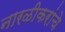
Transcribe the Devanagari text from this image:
नारळीकरांचे